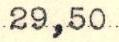
29,50